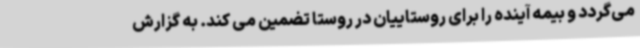
می‌گردد و بیمه آینده را برای روستاییان در روستا تضمین می کند. به گزارش